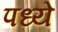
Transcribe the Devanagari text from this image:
पध्ये